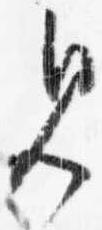
見